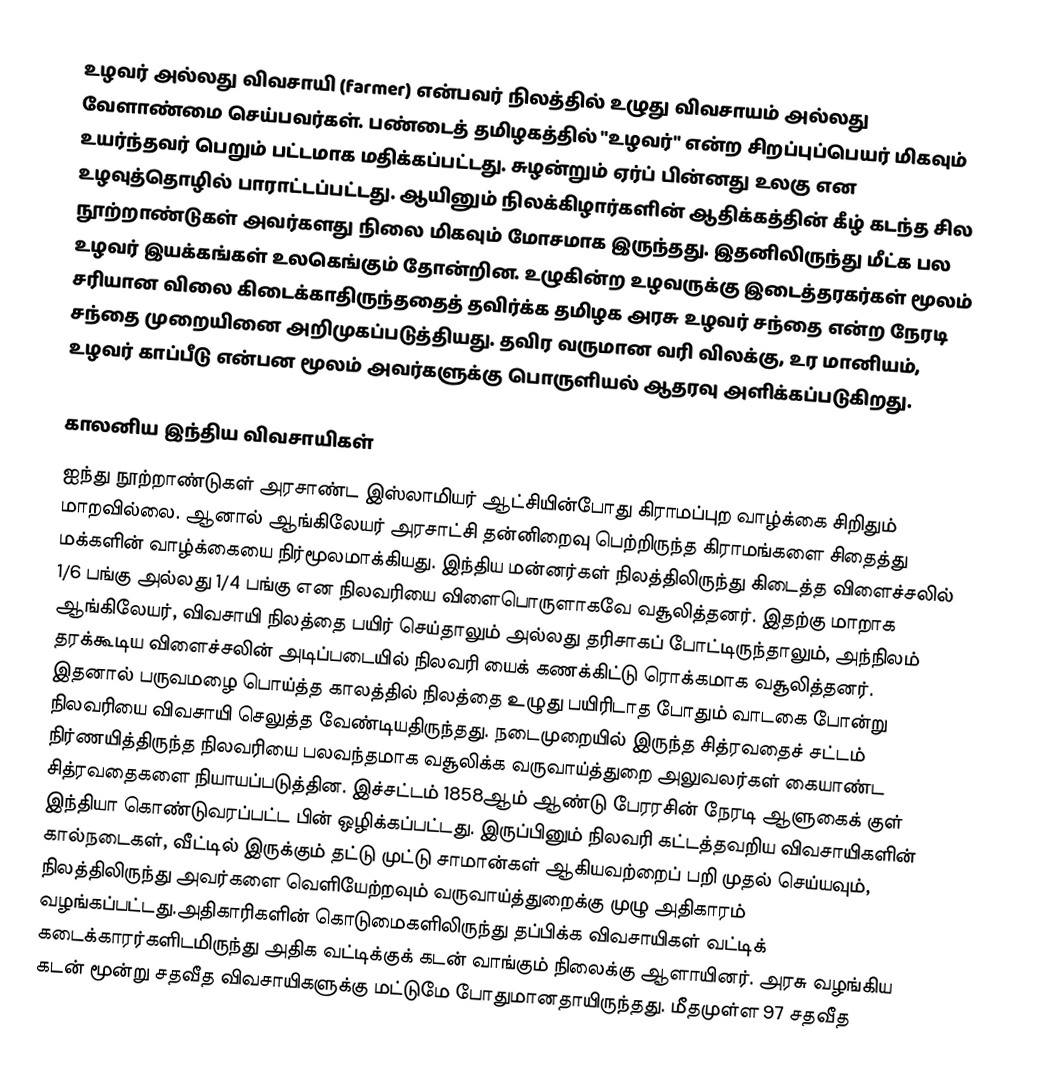
உழவர் அல்லது விவசாயி (farmer) என்பவர் நிலத்தில் உழுது விவசாயம் அல்லது வேளாண்மை செய்பவர்கள். பண்டைத் தமிழகத்தில் "உழவர்" என்ற சிறப்புப்பெயர் மிகவும் உயர்ந்தவர் பெறும் பட்டமாக மதிக்கப்பட்டது. சுழன்றும் ஏர்ப் பின்னது உலகு என உழவுத்தொழில் பாராட்டப்பட்டது. ஆயினும் நிலக்கிழார்களின் ஆதிக்கத்தின் கீழ் கடந்த சில நூற்றாண்டுகள் அவர்களது நிலை மிகவும் மோசமாக இருந்தது. இதனிலிருந்து மீட்க பல உழவர் இயக்கங்கள் உலகெங்கும் தோன்றின. உழுகின்ற உழவருக்கு இடைத்தரகர்கள் மூலம் சரியான விலை கிடைக்காதிருந்ததைத் தவிர்க்க தமிழக அரசு உழவர் சந்தை என்ற நேரடி சந்தை முறையினை அறிமுகப்படுத்தியது. தவிர வருமான வரி விலக்கு, உர மானியம், உழவர் காப்பீடு என்பன மூலம் அவர்களுக்கு பொருளியல் ஆதரவு அளிக்கப்படுகிறது.

காலனிய இந்திய  விவசாயிகள்
ஐந்து நூற்றாண்டுகள் அரசாண்ட இஸ்லாமியர் ஆட்சியின்போது கிராமப்புற வாழ்க்கை சிறிதும் மாறவில்லை. ஆனால் ஆங்கிலேயர் அரசாட்சி தன்னிறைவு பெற்றிருந்த கிராமங்களை சிதைத்து மக்களின் வாழ்க்கையை நிர்மூலமாக்கியது. இந்திய மன்னர்கள் நிலத்திலிருந்து கிடைத்த விளைச்சலில் 1/6 பங்கு அல்லது 1/4 பங்கு என நிலவரியை விளைபொருளாகவே வசூலித்தனர். இதற்கு மாறாக ஆங்கிலேயர், விவசாயி நிலத்தை பயிர் செய்தாலும் அல்லது தரிசாகப் போட்டிருந்தாலும், அந்நிலம் தரக்கூடிய விளைச்சலின் அடிப்படையில் நிலவரி யைக் கணக்கிட்டு ரொக்கமாக வசூலித்தனர். இதனால் பருவமழை பொய்த்த காலத்தில் நிலத்தை உழுது பயிரிடாத போதும் வாடகை போன்று நிலவரியை விவசாயி செலுத்த வேண்டியதிருந்தது. நடைமுறையில் இருந்த சித்ரவதைச் சட்டம் நிர்ணயித்திருந்த நிலவரியை பலவந்தமாக வசூலிக்க வருவாய்த்துறை அலுவலர்கள் கையாண்ட சித்ரவதைகளை நியாயப்படுத்தின. இச்சட்டம் 1858ஆம் ஆண்டு பேரரசின் நேரடி ஆளுகைக் குள் இந்தியா கொண்டுவரப்பட்ட பின் ஒழிக்கப்பட்டது. இருப்பினும் நிலவரி கட்டத்தவறிய விவசாயிகளின் கால்நடைகள்,  வீட்டில் இருக்கும் தட்டு முட்டு சாமான்கள் ஆகியவற்றைப் பறி முதல் செய்யவும், நிலத்திலிருந்து அவர்களை வெளியேற்றவும் வருவாய்த்துறைக்கு முழு அதிகாரம் வழங்கப்பட்டது.அதிகாரிகளின் கொடுமைகளிலிருந்து தப்பிக்க விவசாயிகள் வட்டிக் கடைக்காரர்களிடமிருந்து அதிக வட்டிக்குக் கடன் வாங்கும் நிலைக்கு ஆளாயினர். அரசு வழங்கிய கடன் மூன்று சதவீத விவசாயிகளுக்கு மட்டுமே போதுமானதாயிருந்தது. மீதமுள்ள 97 சதவீத